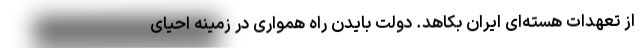
از تعهدات هسته‌ای ایران بکاهد. دولت بایدن راه همواری در زمینه احیای